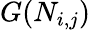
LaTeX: G(N_{i,j})